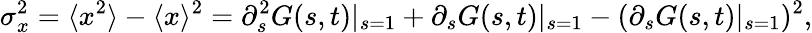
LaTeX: \sigma_{x}^{2}=\langle x^{2}\rangle-\langle x\rangle^{2}=\partial_{s}^{2}G(s,t)|_{s=1}+\partial_{s}G(s,t)|_{s=1}-(\partial_{s}G(s,t)|_{s=1})^{2},